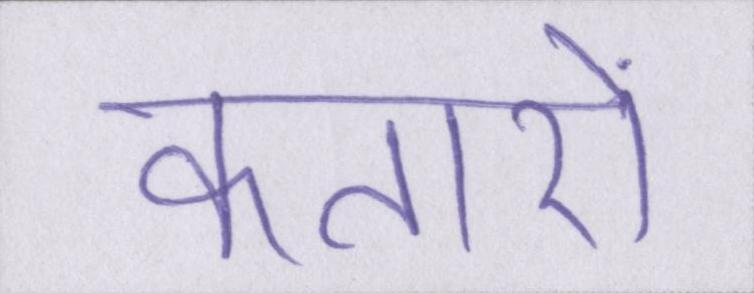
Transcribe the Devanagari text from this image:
कतारों